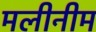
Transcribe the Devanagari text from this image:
मलीनीम